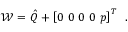
\mathcal { W } = \hat { Q } + \left[ 0 \, \, 0 \, \, 0 \, \, 0 \, \, p \right] ^ { T } \, \mathrm { ~ . ~ }